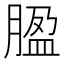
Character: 𦝚